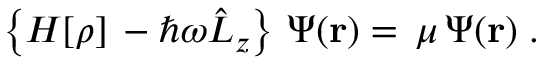
\left\{ { \cal H } [ \rho ] \, - \hbar \omega \hat { L } _ { z } \right\} \, \Psi ( \mathbf { r } ) = \, \mu \, \Psi ( \mathbf { r } ) \; .